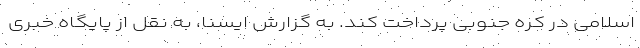
اسلامی در کره جنوبی پرداخت کند. به گزارش ایسنا، به نقل از پایگاه خبری